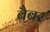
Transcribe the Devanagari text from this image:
बैबर